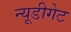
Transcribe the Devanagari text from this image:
न्यूडीगेट